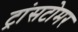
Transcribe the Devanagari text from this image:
ट्रांसटोमर